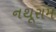
નથૂરામ